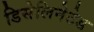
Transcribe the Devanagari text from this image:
डिसेलिनेटेड